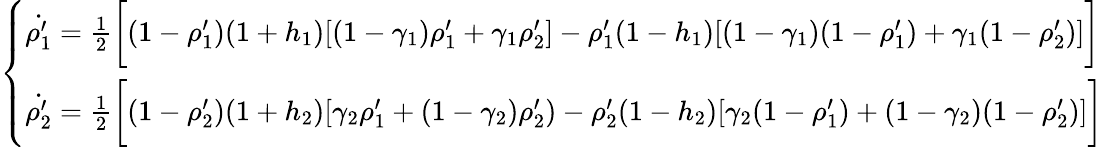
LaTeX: \left\{ \begin{array}{ll}{\dot{\rho_{1}^{\prime}}=\frac{1}{2}\bigg[(1-\rho_{1}^{\prime})(1+h_{1})[(1-\gamma_{1})\rho_{1}^{\prime}+\gamma_{1}\rho_{2}^{\prime}]-\rho_{1}^{\prime}(1-h_{1})[(1-\gamma_{1})(1-\rho_{1}^{\prime})+\gamma_{1}(1-\rho_{2}^{\prime})]\bigg]}\\ {\dot{\rho_{2}^{\prime}}=\frac{1}{2}\bigg[(1-\rho_{2}^{\prime})(1+h_{2})[\gamma_{2}\rho_{1}^{\prime}+(1-\gamma_{2})\rho_{2}^{\prime})-\rho_{2}^{\prime}(1-h_{2})[\gamma_{2}(1-\rho_{1}^{\prime})+(1-\gamma_{2})(1-\rho_{2}^{\prime})]\bigg]}\end{array}\right.